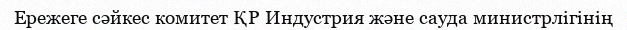
Ережеге сәйкес комитет ҚР Индустрия және сауда министрлігінің